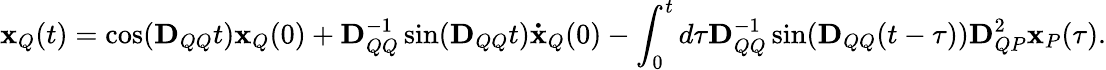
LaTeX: \mathbf{x}_{Q}(t)=\cos(\mathbf{D}_{QQ}t)\mathbf{x}_{Q}(0)+\mathbf{D}_{QQ}^{-1}\sin(\mathbf{D}_{QQ}t)\mathbf{\dot{x}}_{Q}(0)-\int_{0}^{t}d\tau\mathbf{D}_{QQ}^{-1}\sin(\mathbf{D}_{QQ}(t-\tau))\mathbf{D}_{QP}^{2}\mathbf{x}_{P}(\tau).